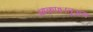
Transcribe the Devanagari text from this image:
आकाशातूअन